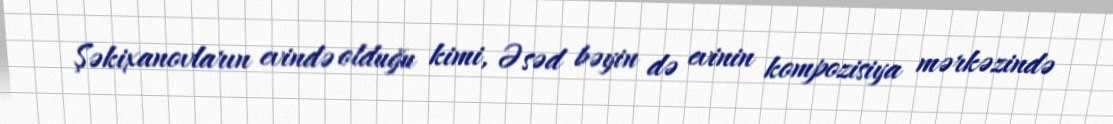
Şəkixanovların evində olduğu kimi, Əsəd bəyin də evinin kompozisiya mərkəzində